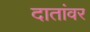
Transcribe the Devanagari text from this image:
दातांवर